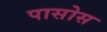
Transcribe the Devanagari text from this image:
पासोस